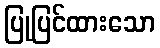
ပြုပြင်ထားသော